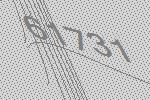
61731